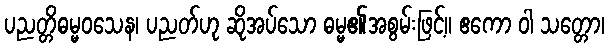
ပညတ္တိဓမ္မဝသေန၊ ပညတ်ဟု ဆိုအပ်သော ဓမ္မ၏အစွမ်းဖြင့်။ ဧကော ဝါ သတ္တော၊